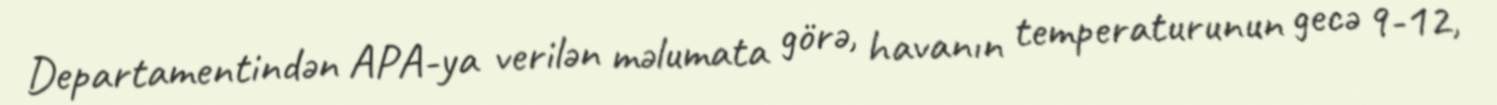
Departamentindən APA-ya verilən məlumata görə, havanın temperaturunun gecə 9-12,